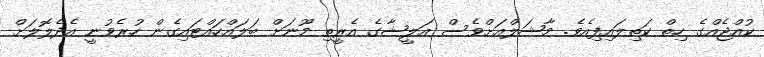
ކުއްޖެއްގެ ހިތް ކަތިލައިފިއެވެ. މާޝަލްއަށްވެސް އަލީޝާގެ އެރީތި މޫނަށް ބަލައްހައްޓައިގެން ހުރެވުނީ އެދެލޮލަށް